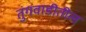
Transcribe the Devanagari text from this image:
तुंगवाडीतील